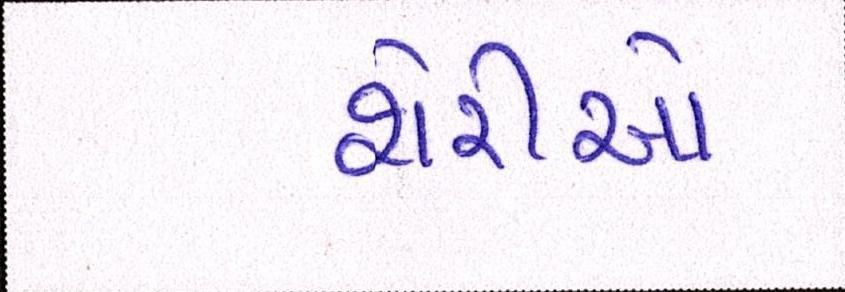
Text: શેરીઓ